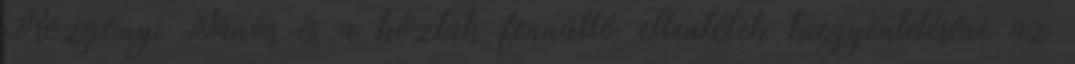
Rozgonyi János és a köztük fennálló ellentétek kiegyenlítésére az